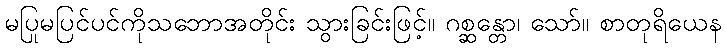
မပြုမပြင်ပင်ကိုသဘောအတိုင်း သွားခြင်းဖြင့်။ ဂစ္ဆန္တော၊ သော်။ စာတုရိယေန